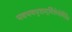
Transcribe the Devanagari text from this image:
भवभयभृतामूर्मिलेवोर्मिलैव